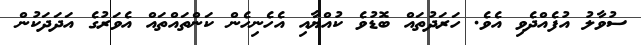
ސުވާލު އުފެއްދެވި އެވެ. ހަރަދުތައް ބޮޑުވެ ކުއްޔާއި އެހެނިހެން ކަންތައްތައް އެވަރުގެ އަދަދަކުން